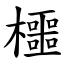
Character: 櫮